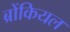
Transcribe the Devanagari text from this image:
ब्रोंकियल